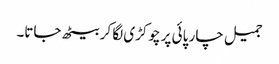
جمیل چار پائی پر چوکڑی لگا کر بیٹھ جاتا۔